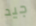
جيد